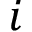
i